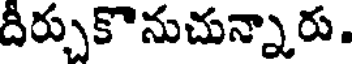
దీర్చుకొనుచున్నారు.